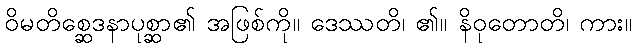
ဝိမတိစ္ဆေဒနာပုစ္ဆာ၏ အဖြစ်ကို။ ဒေဿတိ၊ ၏။ နိဝုတောတိ၊ ကား။